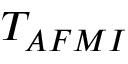
T _ { A F M I }